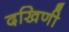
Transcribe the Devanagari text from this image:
दखिणी